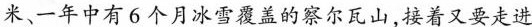
米、一年中有6个月冰雪覆盖的察尔瓦山，接着又要走进